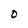
Character: O